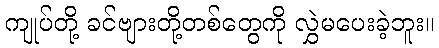
ကျုပ်တို့ ခင်ဗျားတို့တစ်တွေကို လွှဲမပေးခဲ့ဘူး။